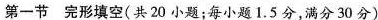
第一节 完形填空(共20 小题；每小题1.5 分，满分30 分)